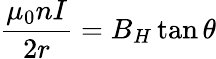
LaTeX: {\frac{\mu_{0}nI}{2r}}=B_{H}\tan\theta